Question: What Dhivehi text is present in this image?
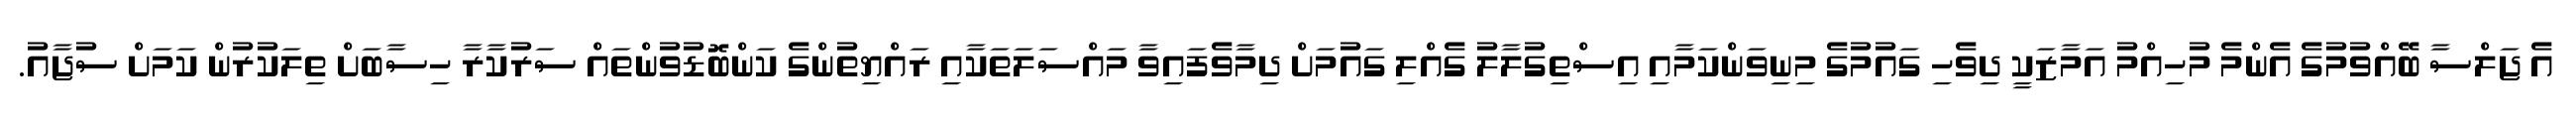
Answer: އެ ޖަލްސާ ބޭއްވުމުގެ އެންމެ މުހިއްމު އަމާޒަކީ ދިވެހި ގައުމުގެ މިނިވަންކަމާއި އިސްތިގުލާލު ގެއްލި ގައުމަށް ދިމާވެފައިވާ މައްސަލަތަކާއި ރައްޔިތުންގެ ކަންބޮޑުވުންތައް ސަރުކާރާ ހިސާބަށް ތިލަކުރުން ކަމަށް ސުޖާއު.